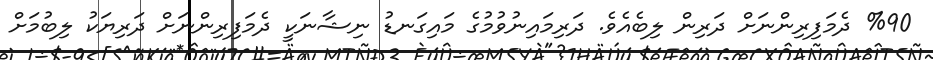
%90 ދެމަފިރިންނަށް ދަރިން ލިބެއެވެ. ދަރިމައިނުވުމުގެ މައިގަނޑު ނިޝާނަކީ ދެމަފިރިންނަށް ދަރިޔަކު ލިބުމަށް